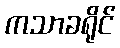
ကသာခရိုင်